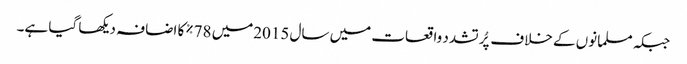
جبکہ مسلمانوں کے خلاف پُر تشدد واقعات میں سال 2015میں 78%کا اضافہ دیکھا گیا ہے۔